Source: Handwritten
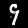
Digit: ၄ (4)